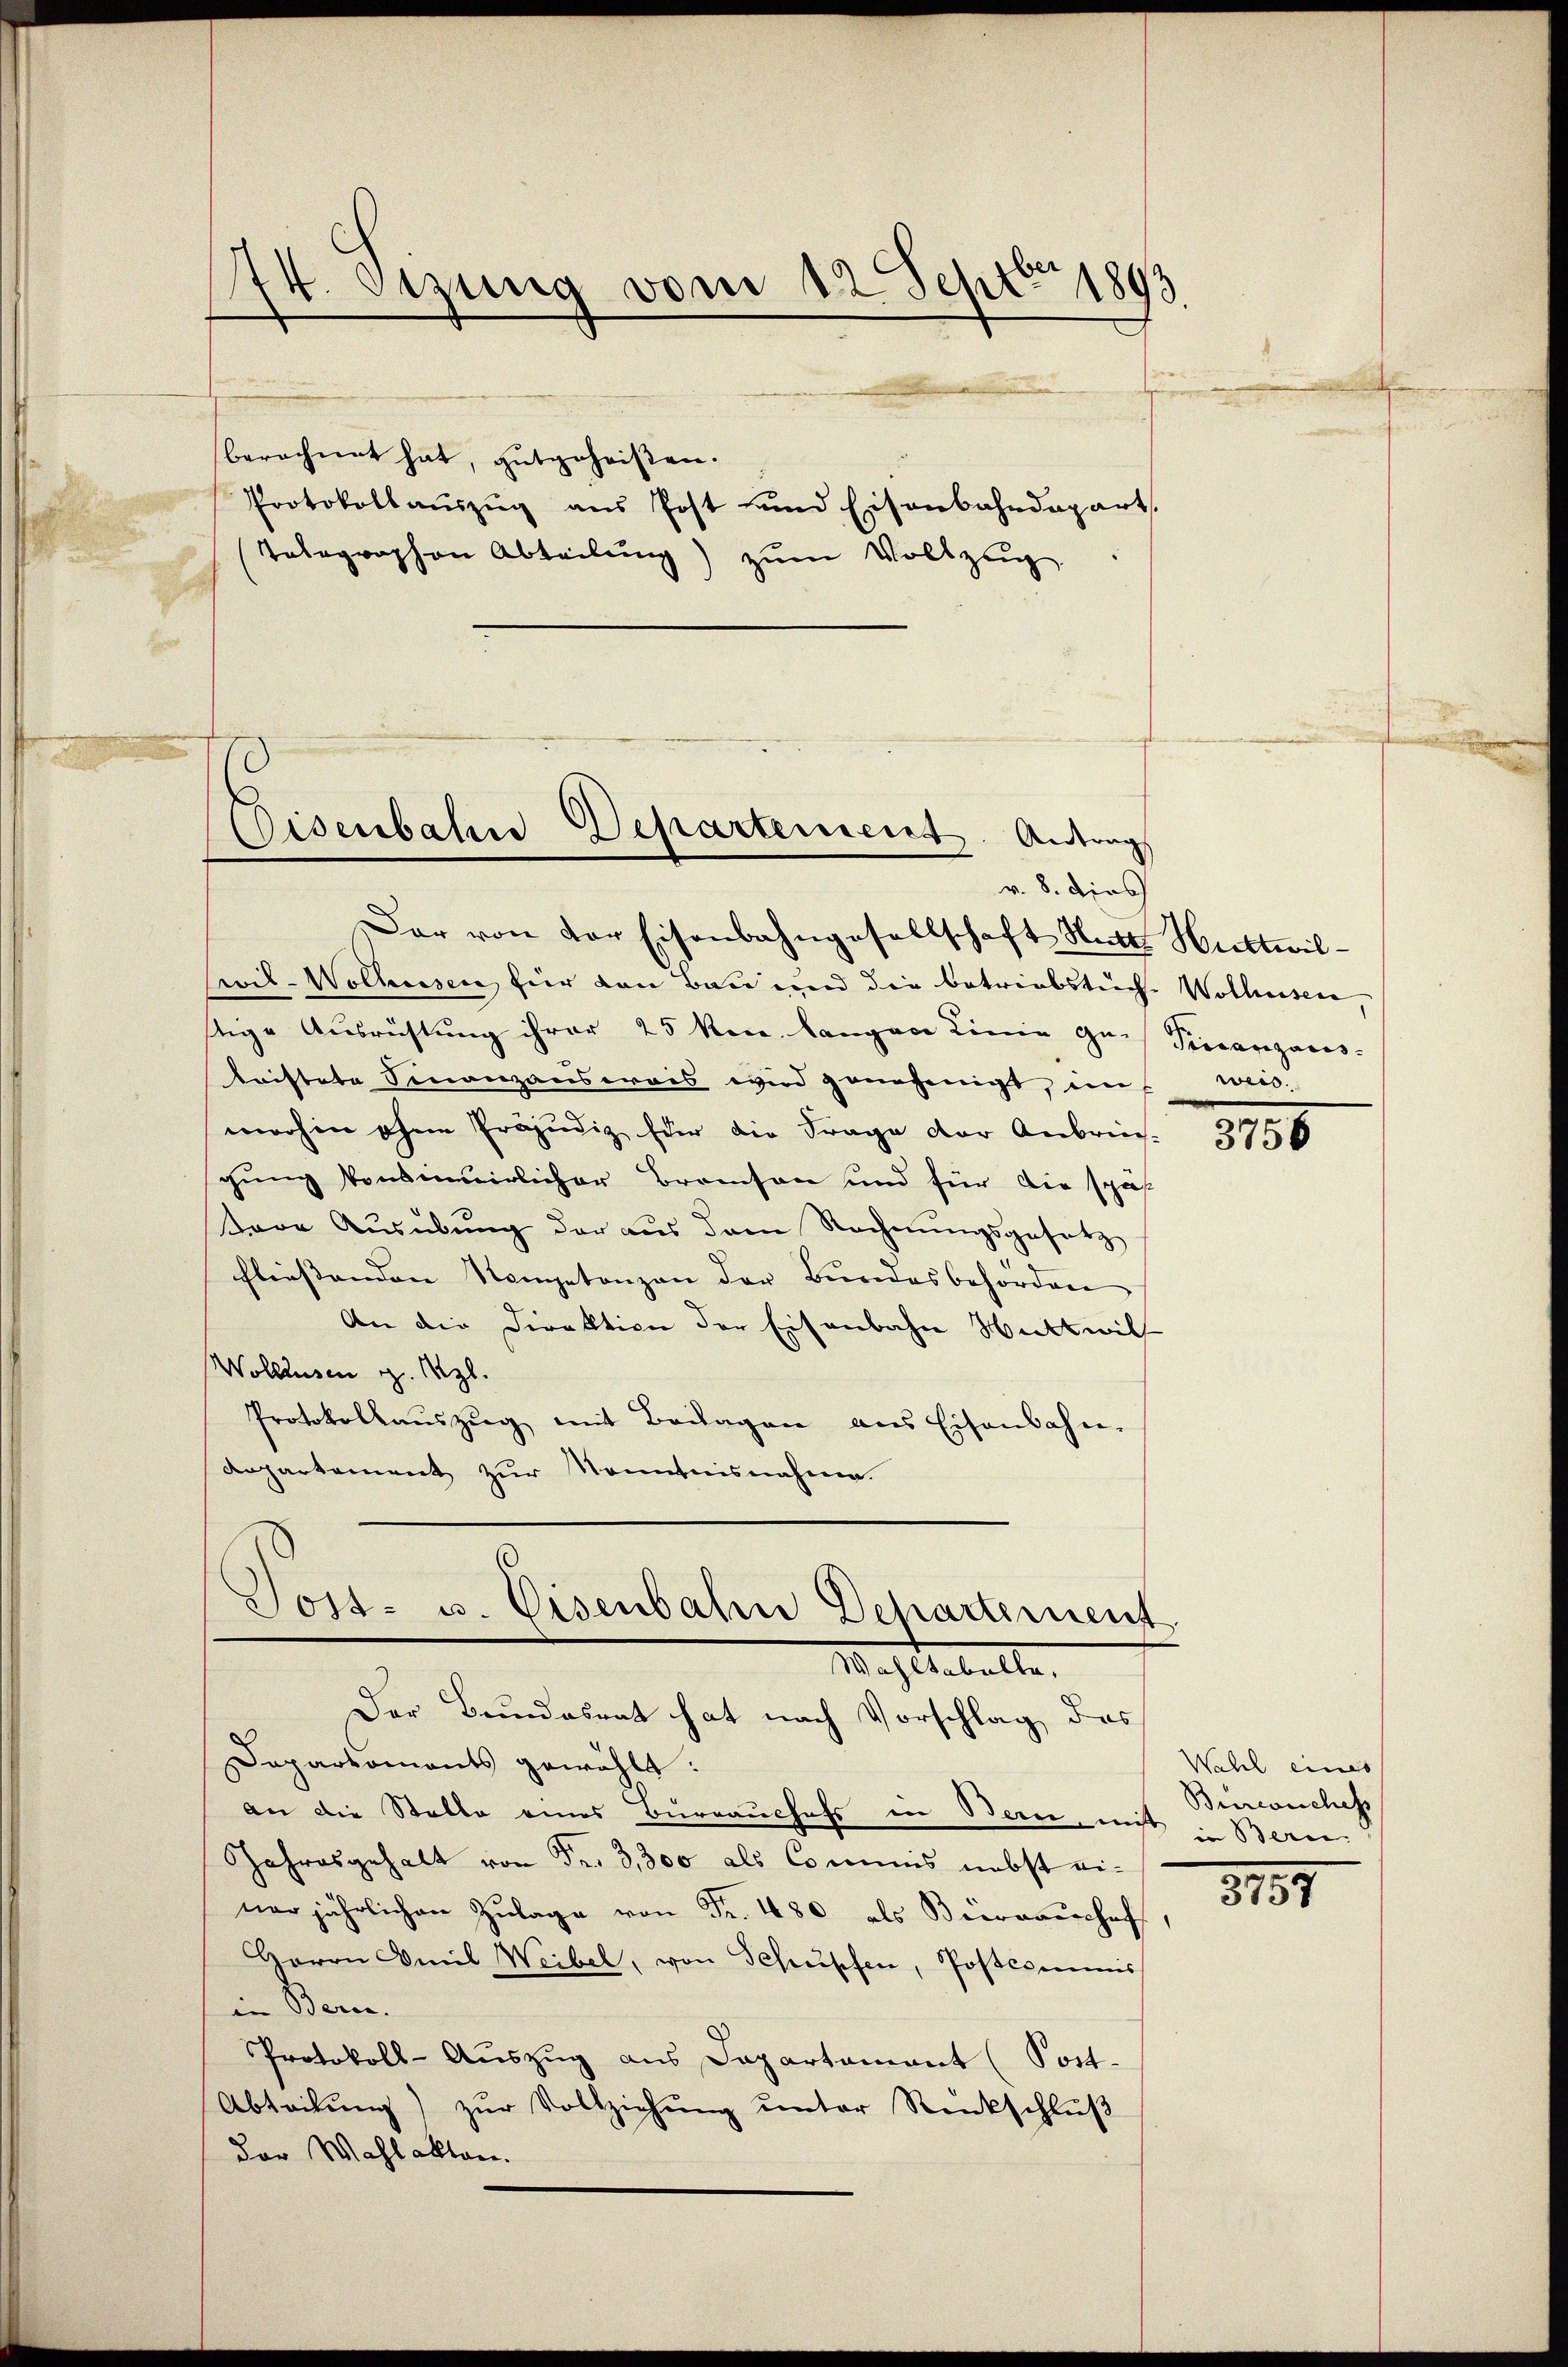
74. Sezung vom 12. Sept. 1803.

berechnet hat, gutgeheißen.
Protokollauszug aus Post und Eisenbahndepart,
Telegraphen Abteilung) zum Vollzug

Eisenbahne Departement. Antrag

Dar von der Eisenbahngesellschaft Nacht Huttwil¬
Civil-Wolhusen für den Bau und die Betriebstuche Wolhusen
stige Ausrüstung ihrer 25 ken langen Linie ge- Pincanzans-
taistete Finanzanserais wird genehmigt, in weis-
wohin ohne Präjudiz für die Frage der Anbrich-
gung konsinuirlicher Bramson und für die spä
tare Aŭsübŭng der aus dem Rechnŭngsgesetz
hliessenden Nompetenzen der Bundesbehörden
An die Direktion der Eisenbahn Wittwill
Wollausen v. Szl.
Protokollauszug mit Beilagen aus Eisenbahn-
departement zur Kenntnisnahme.
Toss- u. Eisenbahn Departement
Nach behalte.
Der Bundesrat hat nach Vorschlag das
Daparkoments gewählt:
an die Statte eines Bureauchefs in Bern, mit
Jahresgehalt von Fr. 3,300 als Commis nebst eine jährlichen Zŭlage von Fr. 480 als Bierraschof,
Herrn Amil Weibel, von Schupfen, Postcommis
in Bern.
Protokoll-Auszug aus Capartamant (Post-
Abteilŭng zŭr Vollziehŭng ŭnter Renkschlŭβ
der Wahlakten.

v. 8. dies

.
e

3756

Wahl eines
Birconchefs
in Bern.

.
3757